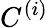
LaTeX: C^{(i)}